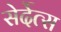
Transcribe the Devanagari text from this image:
सेर्देत्स